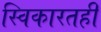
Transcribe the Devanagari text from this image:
स्विकारतही